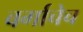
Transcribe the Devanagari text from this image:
वर्गाचेच